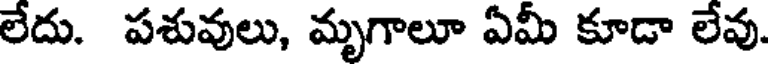
లేదు. పశువులు, మృగాలూ ఏమీ కూడా లేవు.